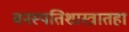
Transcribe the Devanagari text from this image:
वनस्पतिशास्त्रातहा